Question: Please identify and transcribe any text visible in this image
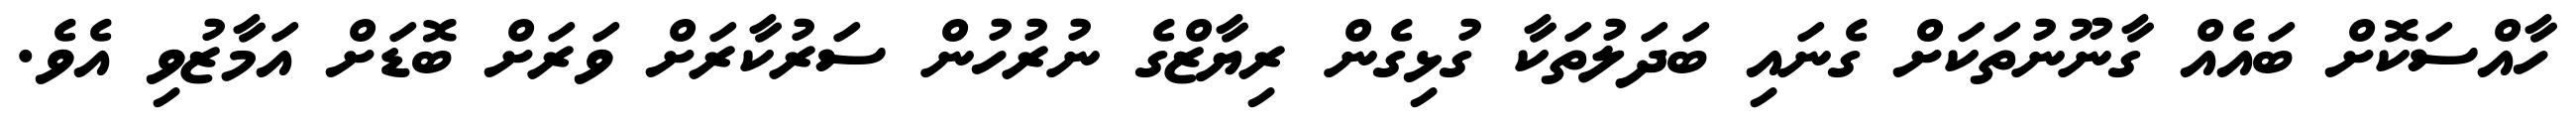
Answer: ހާއްސަކޮށް ބައެއް ގާނޫނުތަކަށް ގެނައި ބަދަލުތަކާ ގުޅިގެން ރިޔާޒްގެ ނުރުހުން ސަރުކާރަށް ވަރަށް ބޮޑަށް އަމާޒުވި އެވެ.